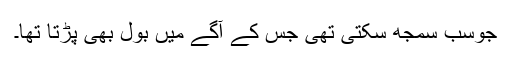
جوسب سمجھ سکتی تھی جس کے آگے میں بول بھی پڑتا تھا۔